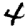
Digit: 4